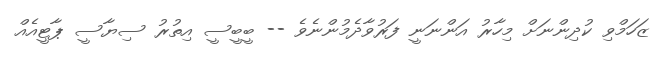
ޒަހަމްވި ކުދިންނަށް މިހާރު އަންނަނީ ފަރުވާދެމުންނެވެ -- ބީބީސީ އިތުރު ސިޔާސީ ޕާޓީއެއް